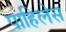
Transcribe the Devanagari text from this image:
पाहिलेस